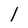
Character: 1